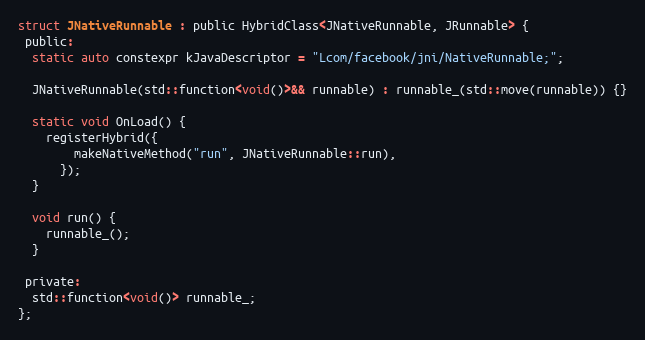
Language: C
struct JNativeRunnable : public HybridClass<JNativeRunnable, JRunnable> {
 public:
  static auto constexpr kJavaDescriptor = "Lcom/facebook/jni/NativeRunnable;";

  JNativeRunnable(std::function<void()>&& runnable) : runnable_(std::move(runnable)) {}

  static void OnLoad() {
    registerHybrid({
        makeNativeMethod("run", JNativeRunnable::run),
      });
  }

  void run() {
    runnable_();
  }

 private:
  std::function<void()> runnable_;
};